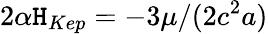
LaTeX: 2\alpha{\cal\mathtt{H}}_{Kep}=-3\mu/(2c^{2}a)